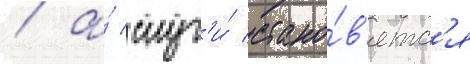
/ а́ слуг'и́ стано́в'ятс'я